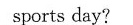
sports day?